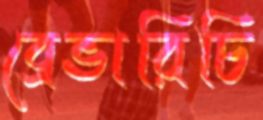
ব্রেভারিচি